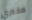
مخبري